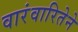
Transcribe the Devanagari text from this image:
वारंवारितेने